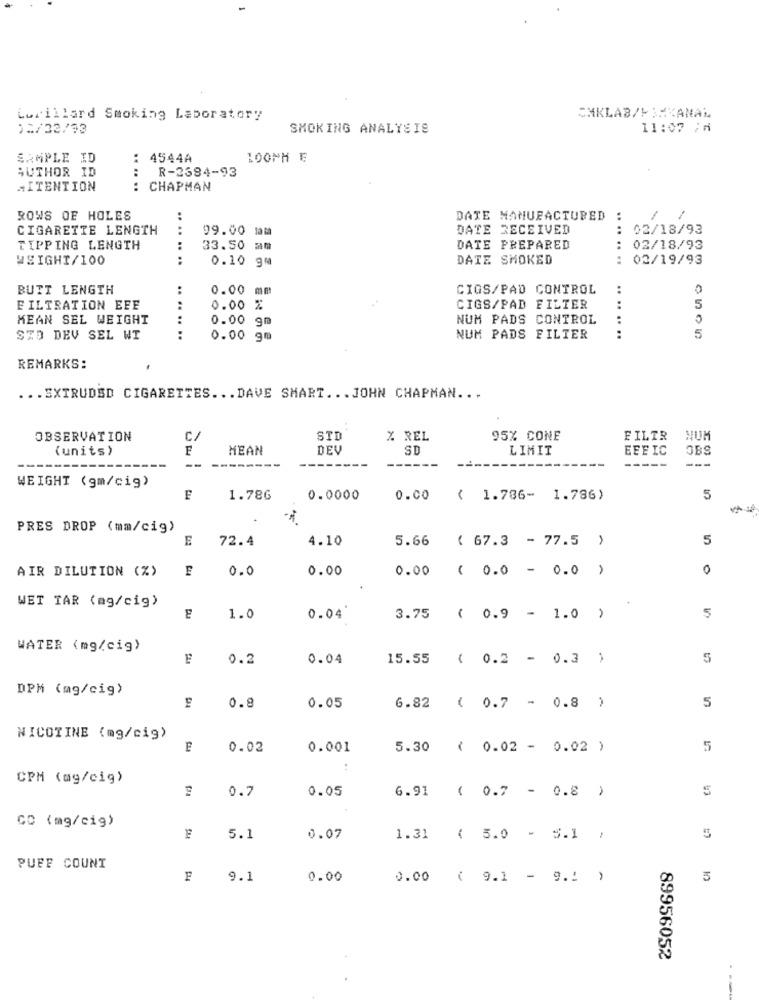
Lorillard Smoking Laboratory
CMKLAB/LIMKANAL
15/22/93
SMOKING ANALYSIS
11:07 /
SAMPLE ID
:
4544A
AUTHOR ID
R-2384-93
AITENTION
CHAPMAN
ROWS OF HOLES
DATE MANUFACTURED
CIGARETTE LENGTH
99.00 sam
DATE RECEIVED
....
02/18/93
...
TIPPING LENGTH
33.50 mm
DATE PREPARED
:
02/18/93
WEIGHT/100
0.10 gm
DATE SMOKED
:
02/19/93
BUTT LENGTH
0.00 mm
CIGS/PAD CONTROL
:
5
E ILTRATION EFF
0.00 %
CIGS/PAD FILTER
:
C
MEAN SEL WEIGHT
0.00 gm
NUM PADS CONTROL
5
STO DEV SEL WT
...... ..
0.00 gm
NUM PADS FILTER
:
REMARKS:
... EXTRUDED CIGARETTES ... DAVE SMART ... JOHN CHAPMAN ...
OBSERVATION
C/
STD
% REL
95% CONE
FILTR
NUM
(units)
F
MEAN
DEV
SD
LIMIT
EFFIC
OBS
--------
----
---
-----
---
--
--
WEIGHT (gm/cig)
F
1.78G
0.0000
0.00
( 1.786- 1.786)
5
PRES DROP (mm/cig)
E
72.4
4.10
5.66 ( 67.3 - 77.5 )
5
AIR DILUTION (%)
E
0.0
0.00
0.00 ( 0.0 - 0.0 )
0
WET TAR (mg/cig)
1.0
0.04'
3.75
( 0.9 - 1.0 )
5
WATER (mg/cig)
0.2
0.04
15.55 ( 0.2 - 0.3 )
5
DPM (mg/cig)
0.8
0.05
6.82 ( 0.7 - 0.8 )
5
NICOTINE (mg/cig)
E
0.02
0.001
5.30 ( 0.02 - 0.02 )
5
CPM (mg/cig)
0.7
0.05
6.91 ( 0.7 - 0.8 )
5
CO (mg/cig)
5
5.1
0.07
1.31 ( 5.0 - 5.1 )
PUFF COUNT
F
9.1
0.00
0.00 ( 9.1 - 9 .! )
5
89956052